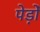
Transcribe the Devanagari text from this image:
पेड़ोँ